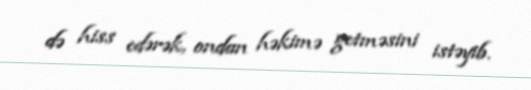
də hiss edərək, ondan həkimə getməsini istəyib.